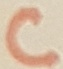
Text: C